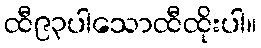
ထီ၉၃ပါသောထီထိုးပါ။